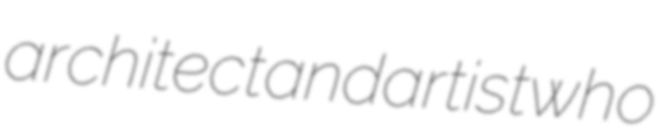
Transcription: architect and artist who